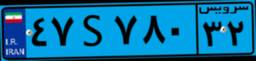
۴۷S۷۸۰۳۲